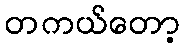
တကယ်တော့